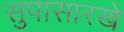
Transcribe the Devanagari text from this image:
सुपासारखे